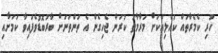
ހުރި ކެމެރާތައް ކުއްލިއަކަށް މަރާމާތު ކުރަން ޖެހިގެން އެ ތަންތަނަށް ބާރުބޮޑުވެފައިވާ ކަމަށާއި